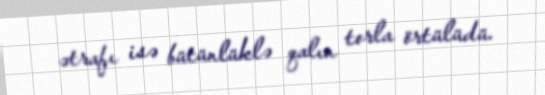
ətrafı isə bütünlüklə qalın torla örtülüdü.